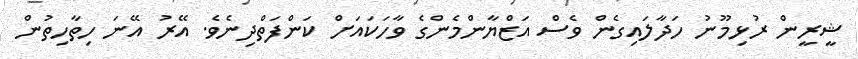
ޝީރީން ރުޅިމޫނު ހަދާލައިގެން ވެސް އަޒްޔާންމެންގެ ވާހަކައަށް ކަންފަތްދިނެވެ. އޭރު އޭނަ ހިތާހިތުން